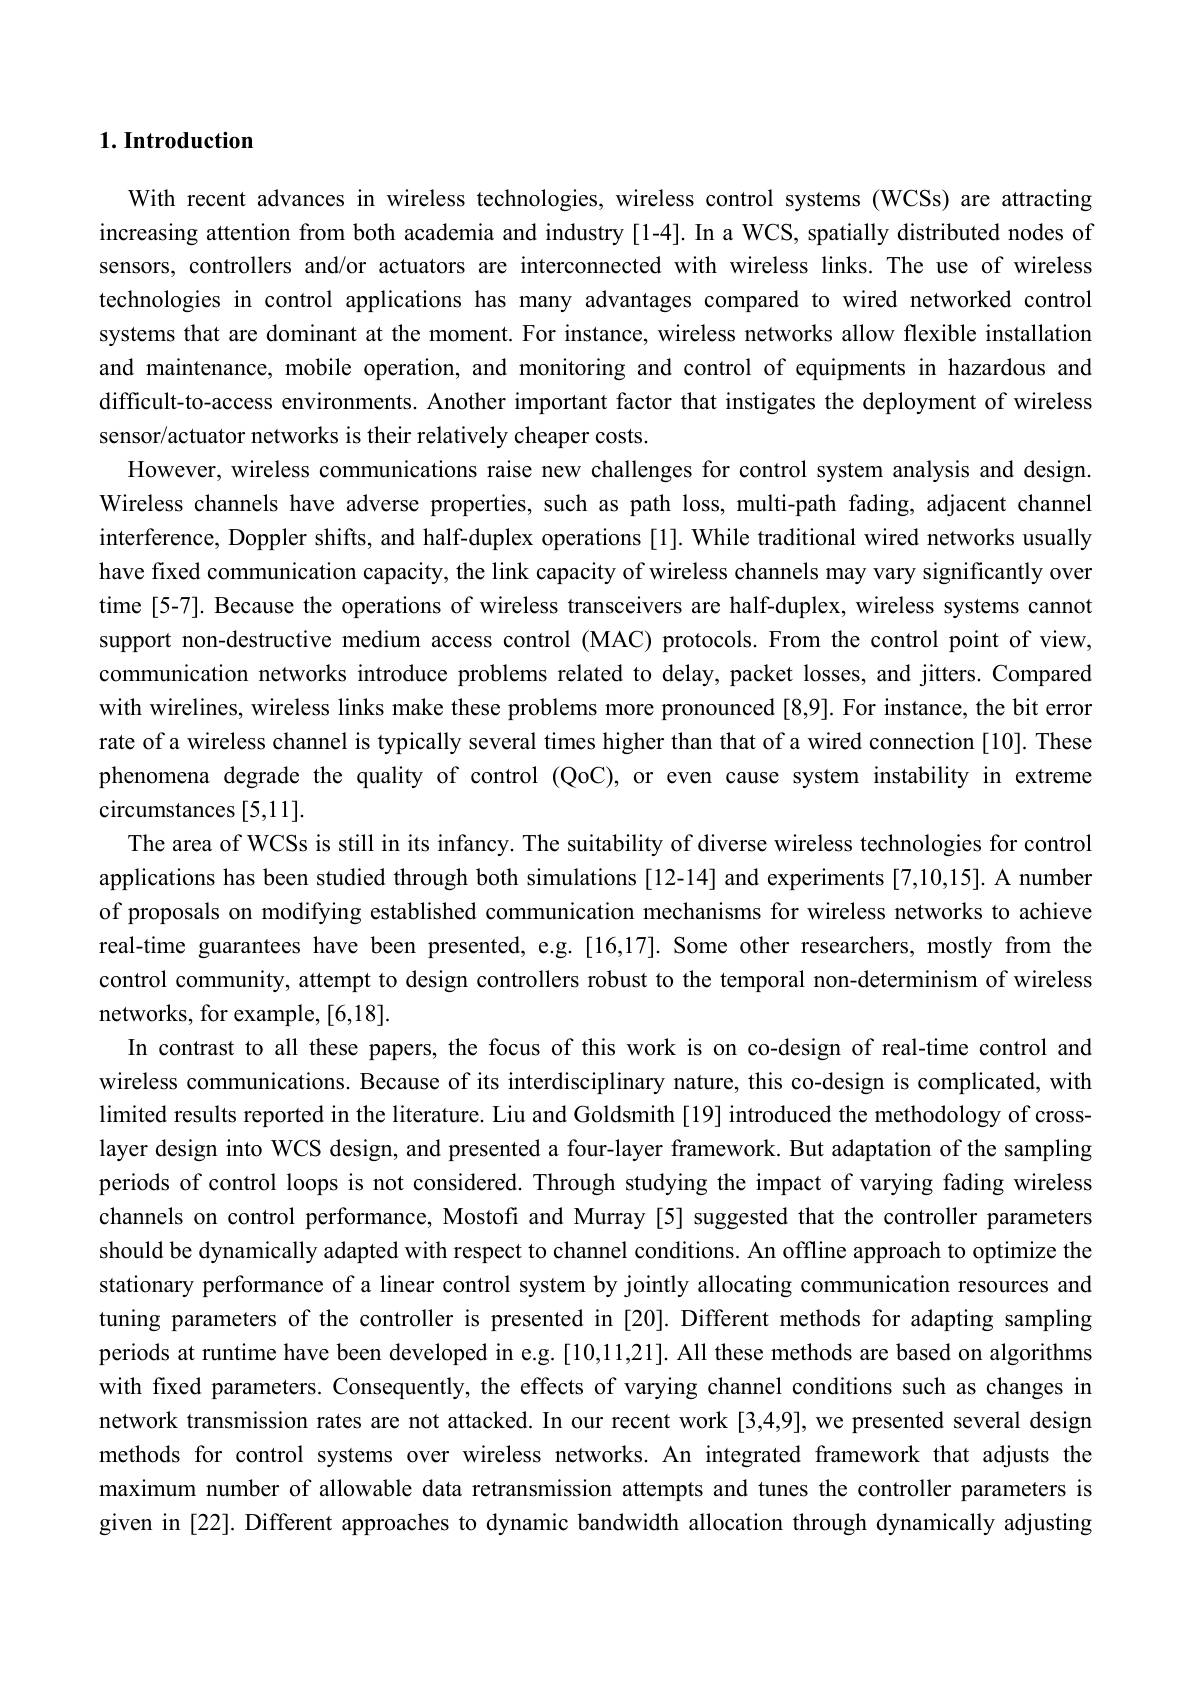
# 1. Introduction

With recent advances in wireless technologies, wireless control systems (WCSs) are attracting increasing attention from both academia and industry [1-4]. In a WCS, spatially distributed nodes of sensors, controllers and/or actuators are interconnected with wireless links. The use of wireless technologies in control applications has many advantages compared to wired networked control systems that are dominant at the moment. For instance, wireless networks allow flexible installation and maintenance, mobile operation, and monitoring and control of equipments in hazardous and difficult-to-access environments. Another important factor that instigates the deployment of wireless sensor/actuator networks is their relatively cheaper costs.
However, wireless communications raise new challenges for control system analysis and design Wireless channels have adverse properties, such as path loss, multi-path fading, adjacent channel interference, Doppler shifts, and half-duplex operations [1]. While traditional wired networks usually have fixed communication capacity, the link capacity of wireless channels may vary significantly over time [5-7]. Because the operations of wireless transceivers are half-duplex, wireless systems cannot support non-destructive medium access control (MAC) protocols. From the control point of view, communication networks introduce problems related to delay, packet losses, and jitters. Compared with wirelines, wireless links make these problems more pronounced [8,9]. For instance, the bit error rate of a wireless channel is typically several times higher than that of a wired connection [10]. These phenomena degrade the quality of control (QoC),or even cause system instability in extreme circumstances [5,11]
The area of WCSs is still in its infancy. The suitability of diverse wireless technologies for control applications has been studied through both simulations [12-14] and experiments [7,10,15]. A number of proposals on modifying established communication mechanisms for wireless networks to achieve real-time guarantees have been presented, e.g.[16,17]. Some other researchers, mostly from the control community, attempt to design controllers robust to the temporal non-determinism of wireless networks, for example, [6,18].
In contrast to all these papers, the focus of this work is on co-design of real-time control and wireless communications. Because of its interdisciplinary nature, this co-design is complicated, with limited results reported in the literature. Liu and Goldsmith [19] introduced the methodology of crosslayer design into WCS design, and presented a four-layer framework. But adaptation of the sampling periods of control loops is not considered. Through studying the impact of varying fading wireless channels on control performance, Mostofi and Murray [5] suggested that the controller parameters should be dynamically adapted with respect to channel conditions. An offline approach to optimize the stationary performance of a linear control system by jointly allocating communication resources and tuning parameters of the controller is presented in [20]. Different methods for adapting sampling periods at runtime have been developed in e.g. [10,11,21]. All these methods are based on algorithms with fixed parameters. Consequently, the effects of varying channel conditions such as changes in network transmission rates are not attacked. In our recent work [3,4,9], we presented several design methods for control systems over wireless networks. An integrated framework that adjusts the maximum number of allowable data retransmission attempts and tunes the controller parameters is given in [22]. Different approaches to dynamic bandwidth allocation through dynamically adjusting